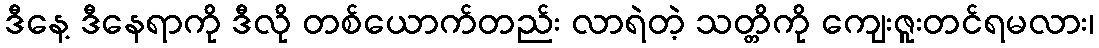
ဒီနေ့ ဒီနေရာကို ဒီလို တစ်ယောက်တည်း လာရဲတဲ့ သတ္တိကို ကျေးဇူးတင်ရမလား၊